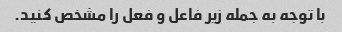
با توجه به جمله زیر فاعل و فعل را مشخص کنید.